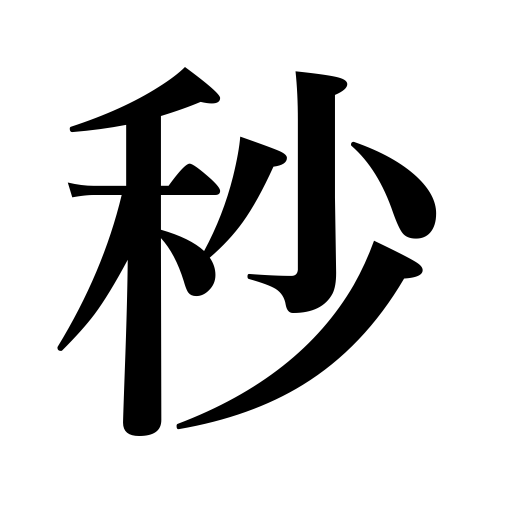
Meanings: degree,one-sixteenth of a minute of time,etc.,latitude